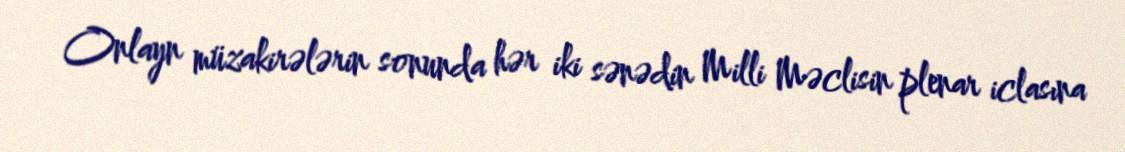
Onlayn müzakirələrin sonunda hər iki sənədin Milli Məclisin plenar iclasına